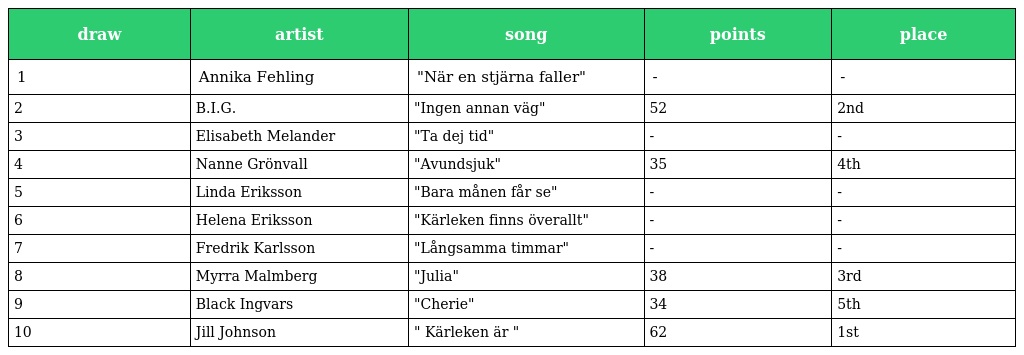
| draw | artist | song | points | place |
 | --- | --- | --- | --- | --- |
 | 1 | Annika Fehling | "När en stjärna faller" | - | - |
 | 2 | B.I.G. | "Ingen annan väg" | 52 | 2nd |
 | 3 | Elisabeth Melander | "Ta dej tid" | - | - |
 | 4 | Nanne Grönvall | "Avundsjuk" | 35 | 4th |
 | 5 | Linda Eriksson | "Bara månen får se" | - | - |
 | 6 | Helena Eriksson | "Kärleken finns överallt" | - | - |
 | 7 | Fredrik Karlsson | "Långsamma timmar" | - | - |
 | 8 | Myrra Malmberg | "Julia" | 38 | 3rd |
 | 9 | Black Ingvars | "Cherie" | 34 | 5th |
 | 10 | Jill Johnson | " Kärleken är " | 62 | 1st |